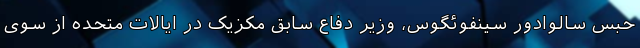
حبس سالوادور سینفوئگوس، وزیر دفاع سابق مکزیک در ایالات متحده از سوی